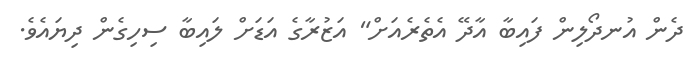
ދެން އުނދޯލިން ފައިބާ އާދޭ އެތެރެއަށް" އަޒުރާގެ އަޑަށް ލައިބާ ސިހިގެން ދިޔައެވެ.